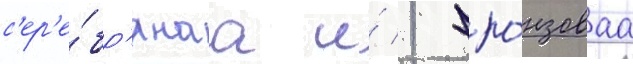
с'ер'е́бр'янаа и́ 1 бро́нзоваа